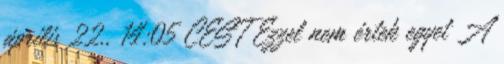
április 22., 14:05 CEST Ezzel nem értek egyet A